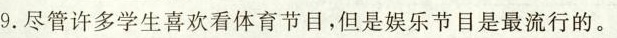
9.尽管许多学生喜欢看体育节目,但是娱乐节目是最流行的.。